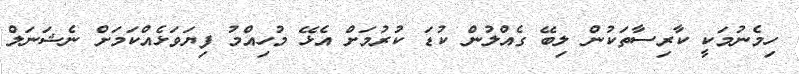
ހިމެނުމަކީ ކާރިސާތަކުން ލިބޭ ގެއްލުން ކުޑަ ކުރުމަށް އެޅޭ މުހިއްމު ފިޔަވަޅެއްކަމަށް ނެޝަނަލް